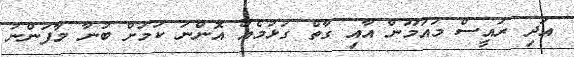
އަދި ރައީސް މައުމޫން އާއި ގާތް ގުޅުމެއް އޮންނަ ކަމަށް ބުނާ މާފަންނު